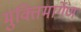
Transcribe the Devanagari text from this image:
मुक्तिमार्गेण